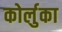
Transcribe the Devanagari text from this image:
कोर्लुका